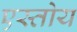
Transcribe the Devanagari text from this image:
एस्तोय